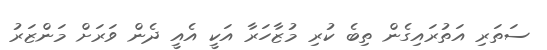
ސަތަރި އަތުރައިގެން ތިބެ ކުރި މުޒާހަރާ އަކީ އެއީ ދެން ވަރަށް މަންޒަރު